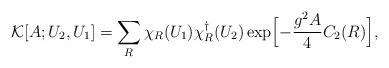
LaTeX: \begin{align*}{\cal K}[A;U_2,U_1]=\sum_R\chi_R(U_1)\chi_R^{\dagger}(U_2)\exp\Bigl[-\frac{g^2 A}{4}C_2(R)\Bigr],\end{align*}